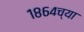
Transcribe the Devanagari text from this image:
१८६४च्या